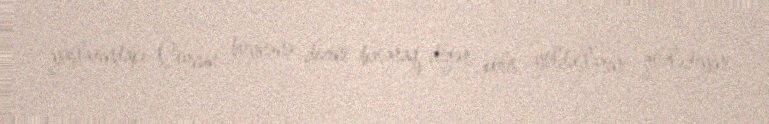
yaşlarındakı Corcun boynuna dizini basaraq, digər polis yoldaşlarını gözlədiyini